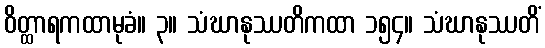
ဝိတ္ထာရကထာမုခံ။ ၃။ သံဃာနုဿတိကထာ ၁၅၄။ သံဃာနုဿတိံ